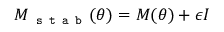
M _ { \texttt { s t a b } } ( \theta ) = M ( \theta ) + \epsilon I